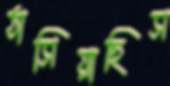
ঠাসিয়াছিস